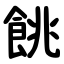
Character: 餆